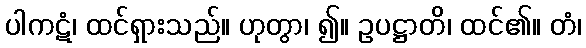
ပါကဋံ၊ ထင်ရှားသည်။ ဟုတွာ၊ ၍။ ဥပဋ္ဌာတိ၊ ထင်၏။ တံ၊